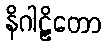
နိဂါဠှိတော